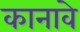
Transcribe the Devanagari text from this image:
कानावे